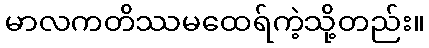
မာလကတိဿမထေရ်ကဲ့သို့တည်း။